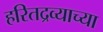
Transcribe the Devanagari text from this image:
हरितद्रव्याच्या